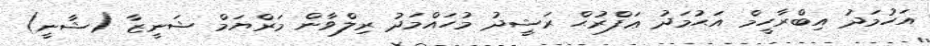
އަހުމަދު އިބްރާހީމް އަޙުމަދު ޢަފްރުޙް ރަޝީދު މުހައްމަދު ރިލްވާން މަރްޔަމް ޝަނީޒާ (ޝާނީ)